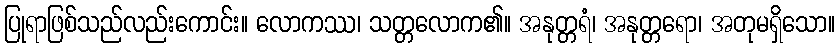
ပြုရာဖြစ်သည်လည်းကောင်း။ လောကဿ၊ သတ္တလောက၏။ အနုတ္တရံ၊ အနုတ္တရော၊ အတုမရှိသော။